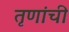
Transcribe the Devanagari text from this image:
तृणांची